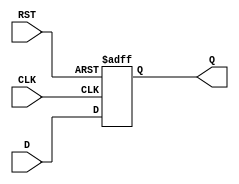
module stage_register #(
    parameter WIDTH = 8  // Parameter to specify the width of the register
)(
    input  wire [WIDTH-1:0] D,      // Data input
    input  wire CLK,                  // Clock signal
    input  wire RST,                  // Reset signal
    output reg  [WIDTH-1:0] Q         // Data output
);

    // Always block for the register functionality
    always @(posedge CLK or posedge RST) begin
        if (RST) begin
            Q <= {WIDTH{1'b0}}; // Reset output to zero on reset
        end else begin
            Q <= D;              // Capture input data on clock edge
        end
    end

endmodule